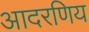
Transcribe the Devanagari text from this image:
आदरणिय